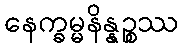
နေက္ခမ္မနိန္နဉ္စဿ